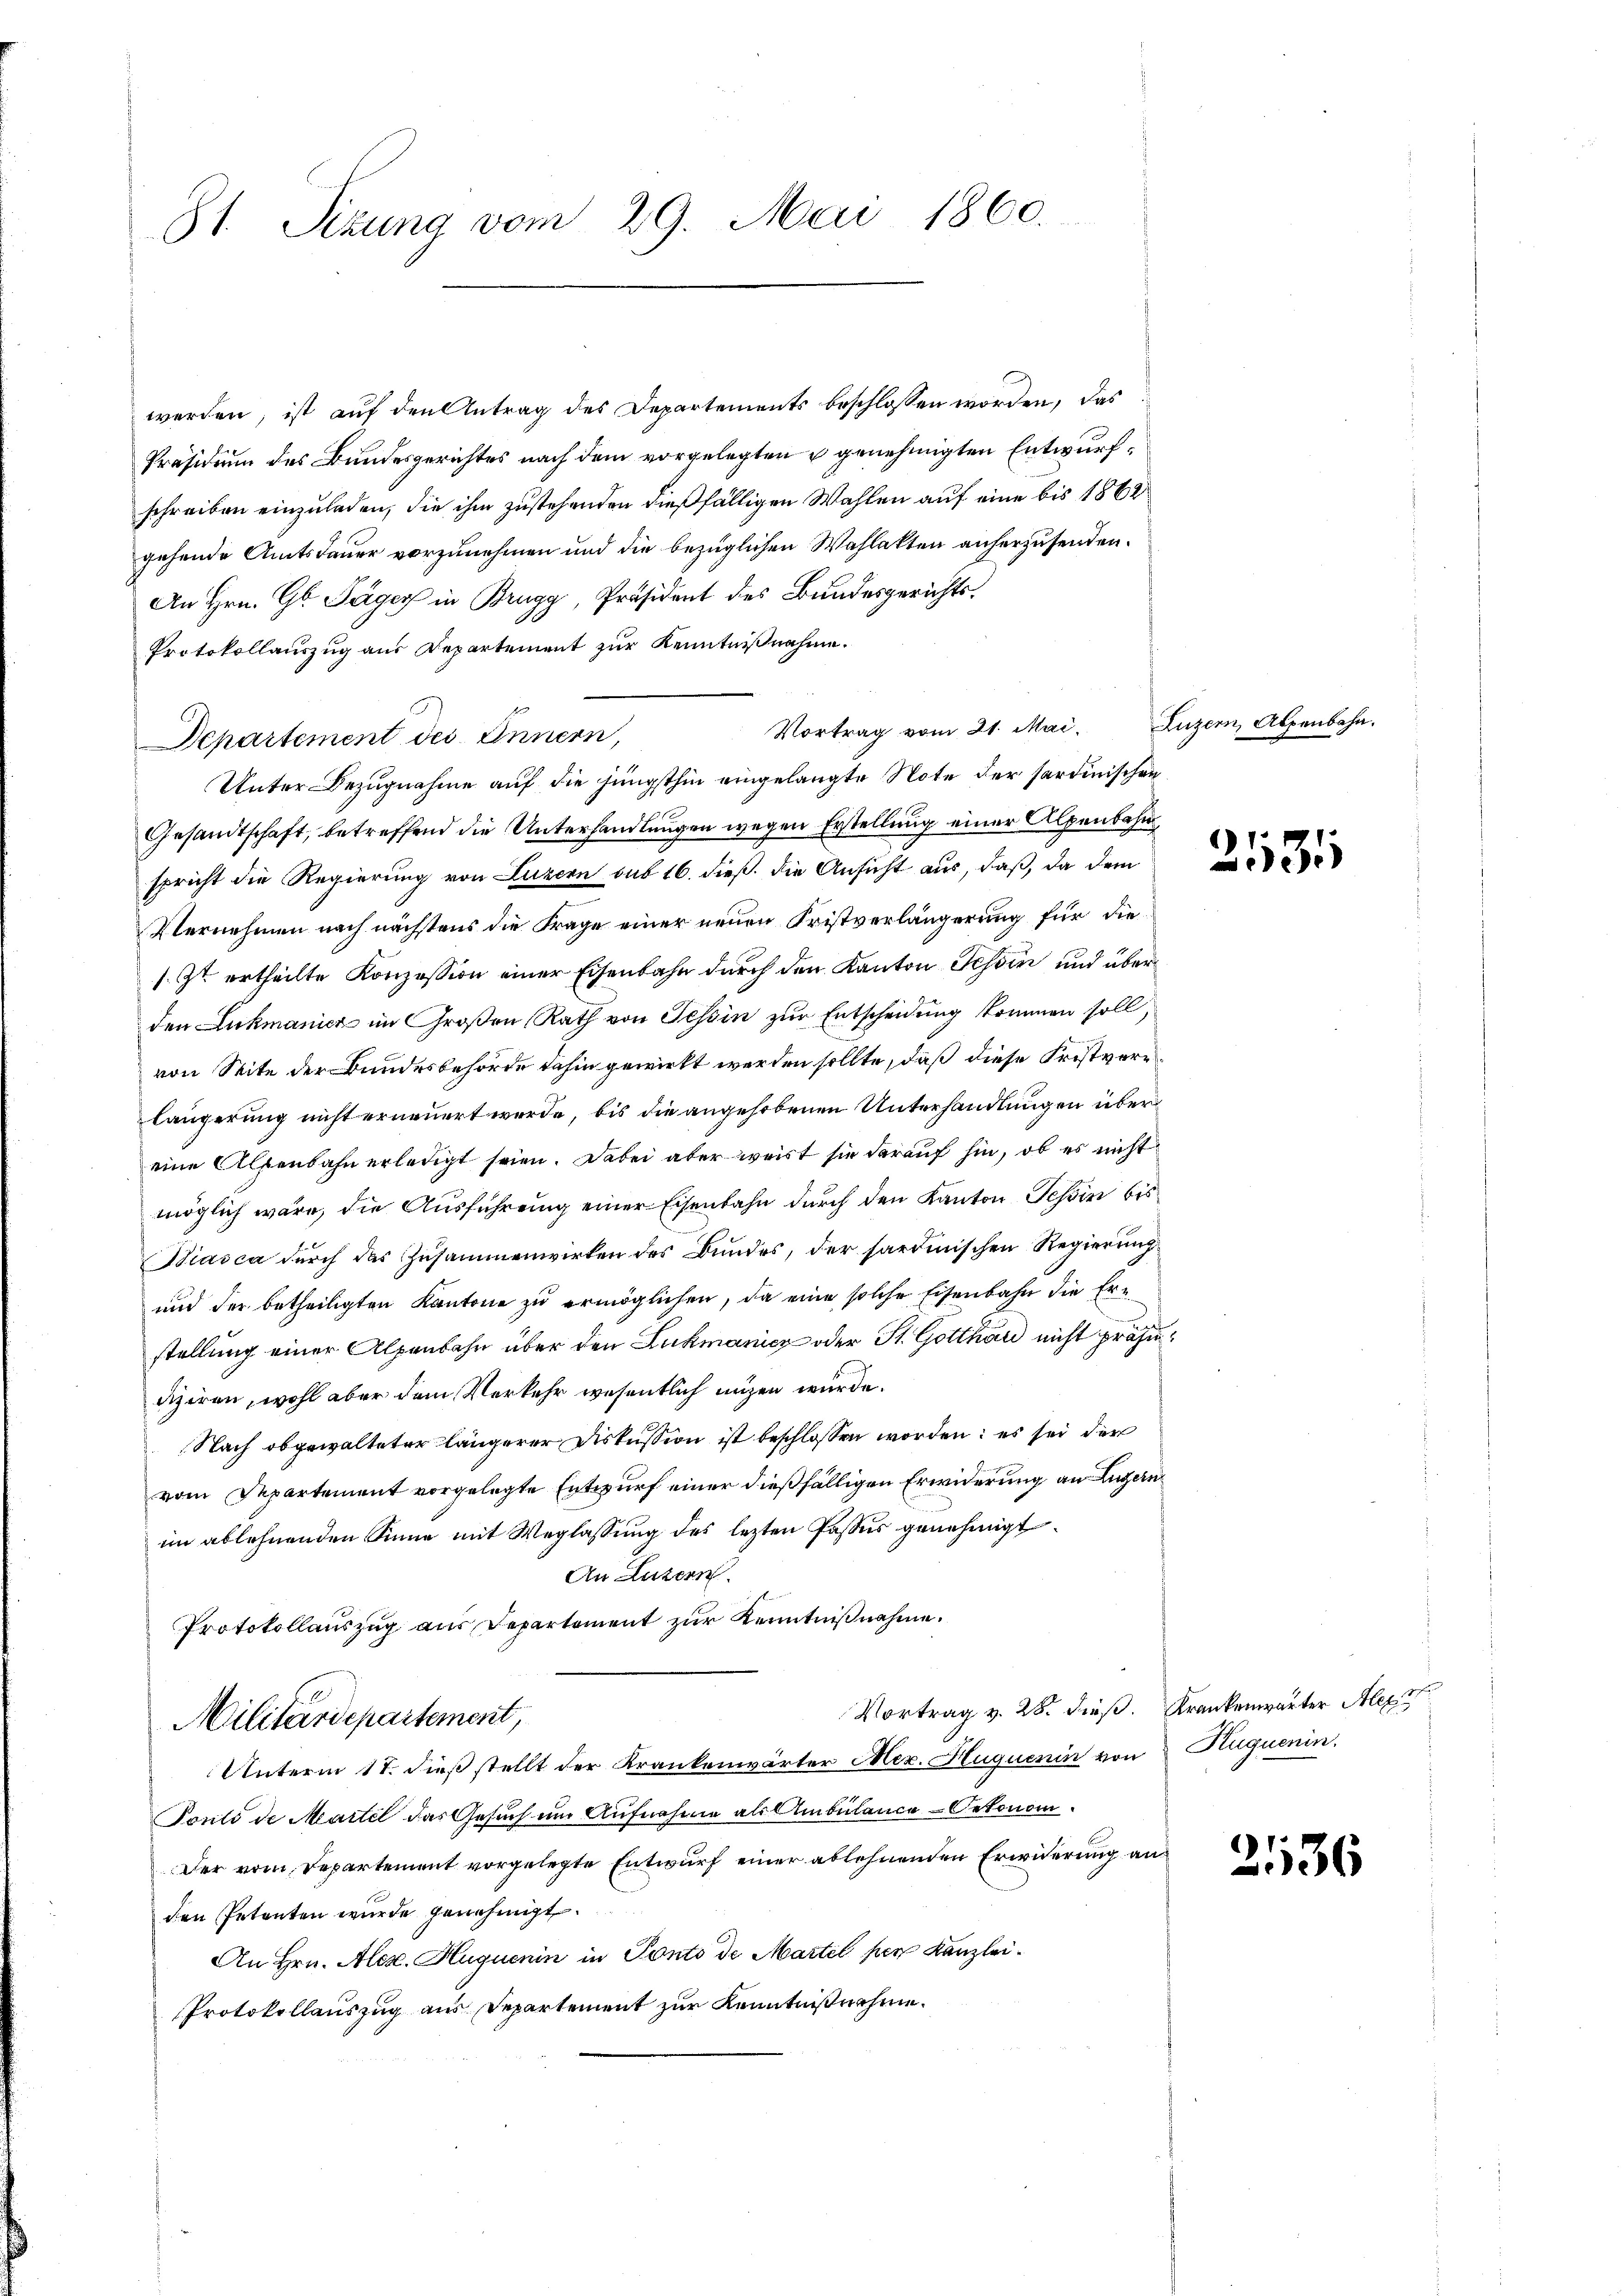
81. Sitzung vom 29. Mai 1860.

werden, ist auf den Antrag des Departements beschlossen worden, das
Präsidium des Bundesgerichtes nach dem vorgelegten genehmigten Entwurfschreiben einzuladen, die ihm zustehenden dießfälligen Wahlen auf eine bis 1862
gehende Amtsdauer vorzunehmen und die bezüglichen Wahlakten anherzusenden.
An Hrn. G. Täger in Brugg, Präsident des Bundesgerichts¬
Protokollauszug aus Departement zur Kenntnißnahme.
Vortrag vom 21. Mai.
Departement des Innern,
Unter Bezugnahme auf die jüngsthin eingelangte Note der Sardinischen
Gesandtschaft, betreffend die Unterhandlungen wegen Erstellung einer Alpenbahn
spricht die Regierung von Luzern sub 16. dieß die Ansicht aus, daß, da dem
Vernehmen nach nächstens die Frage einer neuen Fristverlängerung für die
s. Zt. ertheilte Konzession einer Eisenbahn durch den Kanton Tessin und überden Lukmanicz im Großen Rath von Tessin zur Entscheidung kommen soll,
von Seite der Bundesbehörde dahin gewirkt werden sollte, daß diese Fristverlängerung nicht erneuert werde, bis die angehobenen Unterhandlungen übereine Alpenbahn erledigt seien. Dabei aber weist sie darauf hin, ob es nicht
möglich wäre, die Ausführung einer Eisenbahn durch den Kanton Tessin bis
Biasca durch das Zusammenwirken des Bundes, der sardinischen Regierung
und der betheiligten Kantone zu ermöglichen, da eine solche Eisenbahn die Ern
stellung einer Alpenbahn über den Lukmanice oder St. Gotthard nicht präse
diziren, wohl aber dem Verkehr wesentlich anzen wurde.
Nach obgewalteter längerer Diskussion ist beschlossen worden: es sei der
vom Departement vorgelegte Entwurf einer dießfälligen Erwiderung an Luzern
im ablehnenden Sinne mit Weglassung des lezten Passus genehmigt.
An Luzern
Protokollauszug aus Departement zur Kenntnißnahme.
Vortrag v. 28. dieß. Krankenwärter Alex
Militärdepartement,
Unterm 17. dieß stellt der Krankenwärter Mez. Huquenin von Huguenin
Pauli de Martel das Gesuch um Aufnahme als Ambülance-Oekonom
Der vom Departement vorgelegte Entwurf einer ablehnenden Erwiderung an
den Petenten wurde genehmigt.
An Hrn. Alex. Huquenin in Ponto de Martil per Kanzlei¬
Protokollauszug aus Departement zur Kenntnißnahme.

Luzern, Alpenbahn.

.

2531

2136